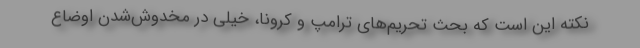
نکته این است که بحث تحریم‌های ترامپ و کرونا، خیلی در مخدوش‌شدن اوضاع